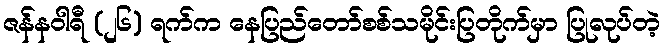
ဇန်နဝါရီ (၂၆) ရက်က နေပြည်တော်စစ်သမိုင်းပြတိုက်မှာ ပြုလုပ်တဲ့